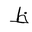
Letter: _za